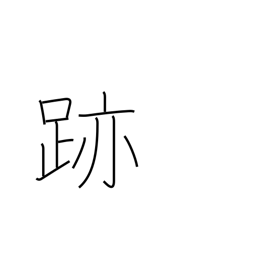
Meaning: mark